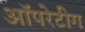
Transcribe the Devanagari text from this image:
ऑपरेटीग